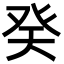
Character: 癸